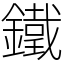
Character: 鐵